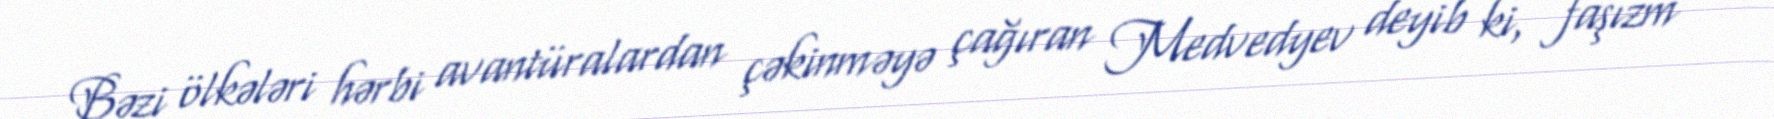
Bəzi ölkələri hərbi avantüralardan çəkinməyə çağıran Medvedyev deyib ki, faşızm